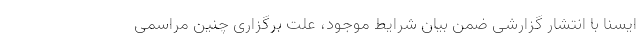
ایسنا با انتشار گزارشی ضمن بیان شرایط موجود، علت برگزاری چنین مراسمی